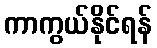
ကာကွယ်နိုင်ရန်